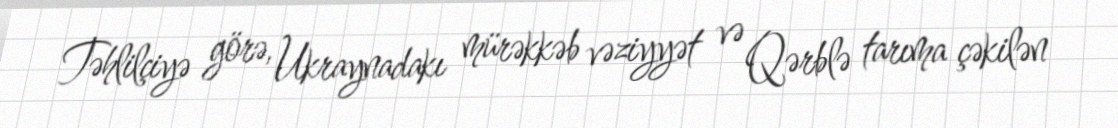
Təhlilçiyə görə, Ukraynadakı mürəkkəb vəziyyət və Qərblə tarıma çəkilən